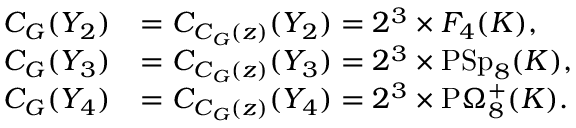
\begin{array} { r l } { C _ { G } ( Y _ { 2 } ) } & { = C _ { C _ { G } ( z ) } ( Y _ { 2 } ) = 2 ^ { 3 } \times F _ { 4 } ( K ) , } \\ { C _ { G } ( Y _ { 3 } ) } & { = C _ { C _ { G } ( z ) } ( Y _ { 3 } ) = 2 ^ { 3 } \times \mathrm { P S p } _ { 8 } ( K ) , } \\ { C _ { G } ( Y _ { 4 } ) } & { = C _ { C _ { G } ( z ) } ( Y _ { 4 } ) = 2 ^ { 3 } \times \mathrm { P } \Omega _ { 8 } ^ { + } ( K ) . } \end{array}